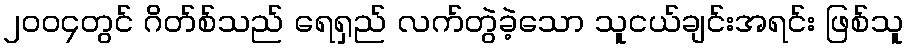
၂၀၀၄တွင် ဂိတ်စ်သည် ရေရှည် လက်တွဲခဲ့သော သူငယ်ချင်းအရင်း ဖြစ်သူ